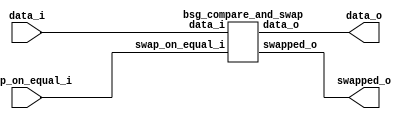


module top
(
  data_i,
  swap_on_equal_i,
  data_o,
  swapped_o
);

  input [31:0] data_i;
  output [31:0] data_o;
  input swap_on_equal_i;
  output swapped_o;

  bsg_compare_and_swap
  wrapper
  (
    .data_i(data_i),
    .data_o(data_o),
    .swap_on_equal_i(swap_on_equal_i),
    .swapped_o(swapped_o)
  );


endmodule



module bsg_compare_and_swap
(
  data_i,
  swap_on_equal_i,
  data_o,
  swapped_o
);

  input [31:0] data_i;
  output [31:0] data_o;
  input swap_on_equal_i;
  output swapped_o;
  wire [31:0] data_o;
  wire swapped_o,N0,N1,N2;
  assign swapped_o = data_i[15:0] > data_i[31:16];
  assign data_o = (N0)? { data_i[15:0], data_i[31:16] } : 
                  (N1)? data_i : 1'b0;
  assign N0 = swapped_o;
  assign N1 = N2;
  assign N2 = ~swapped_o;

endmodule